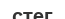
стег